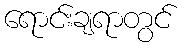
ရောင်းချရာတွင်